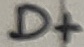
Text: D+